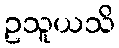
ဥသူယသိ